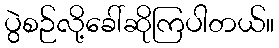
ပွဲစဉ်လို့ခေါ်ဆိုကြပါတယ်။